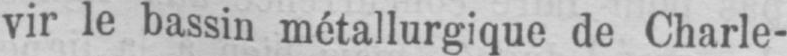
vir le bassin métallurgique de Charle-